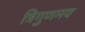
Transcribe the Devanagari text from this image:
त्रिगुणमय